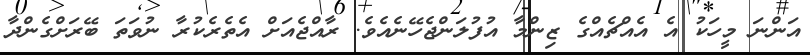
އަންނަ މީހަކު އެ އެއްޗެއްގެ ޒިންމާ އުފުލަންޖެހޭނެއެވެ. ރާއްޖެއަށް އެތެރެކުރާ ނުވަތަ ބޭރަށްގެންދާ